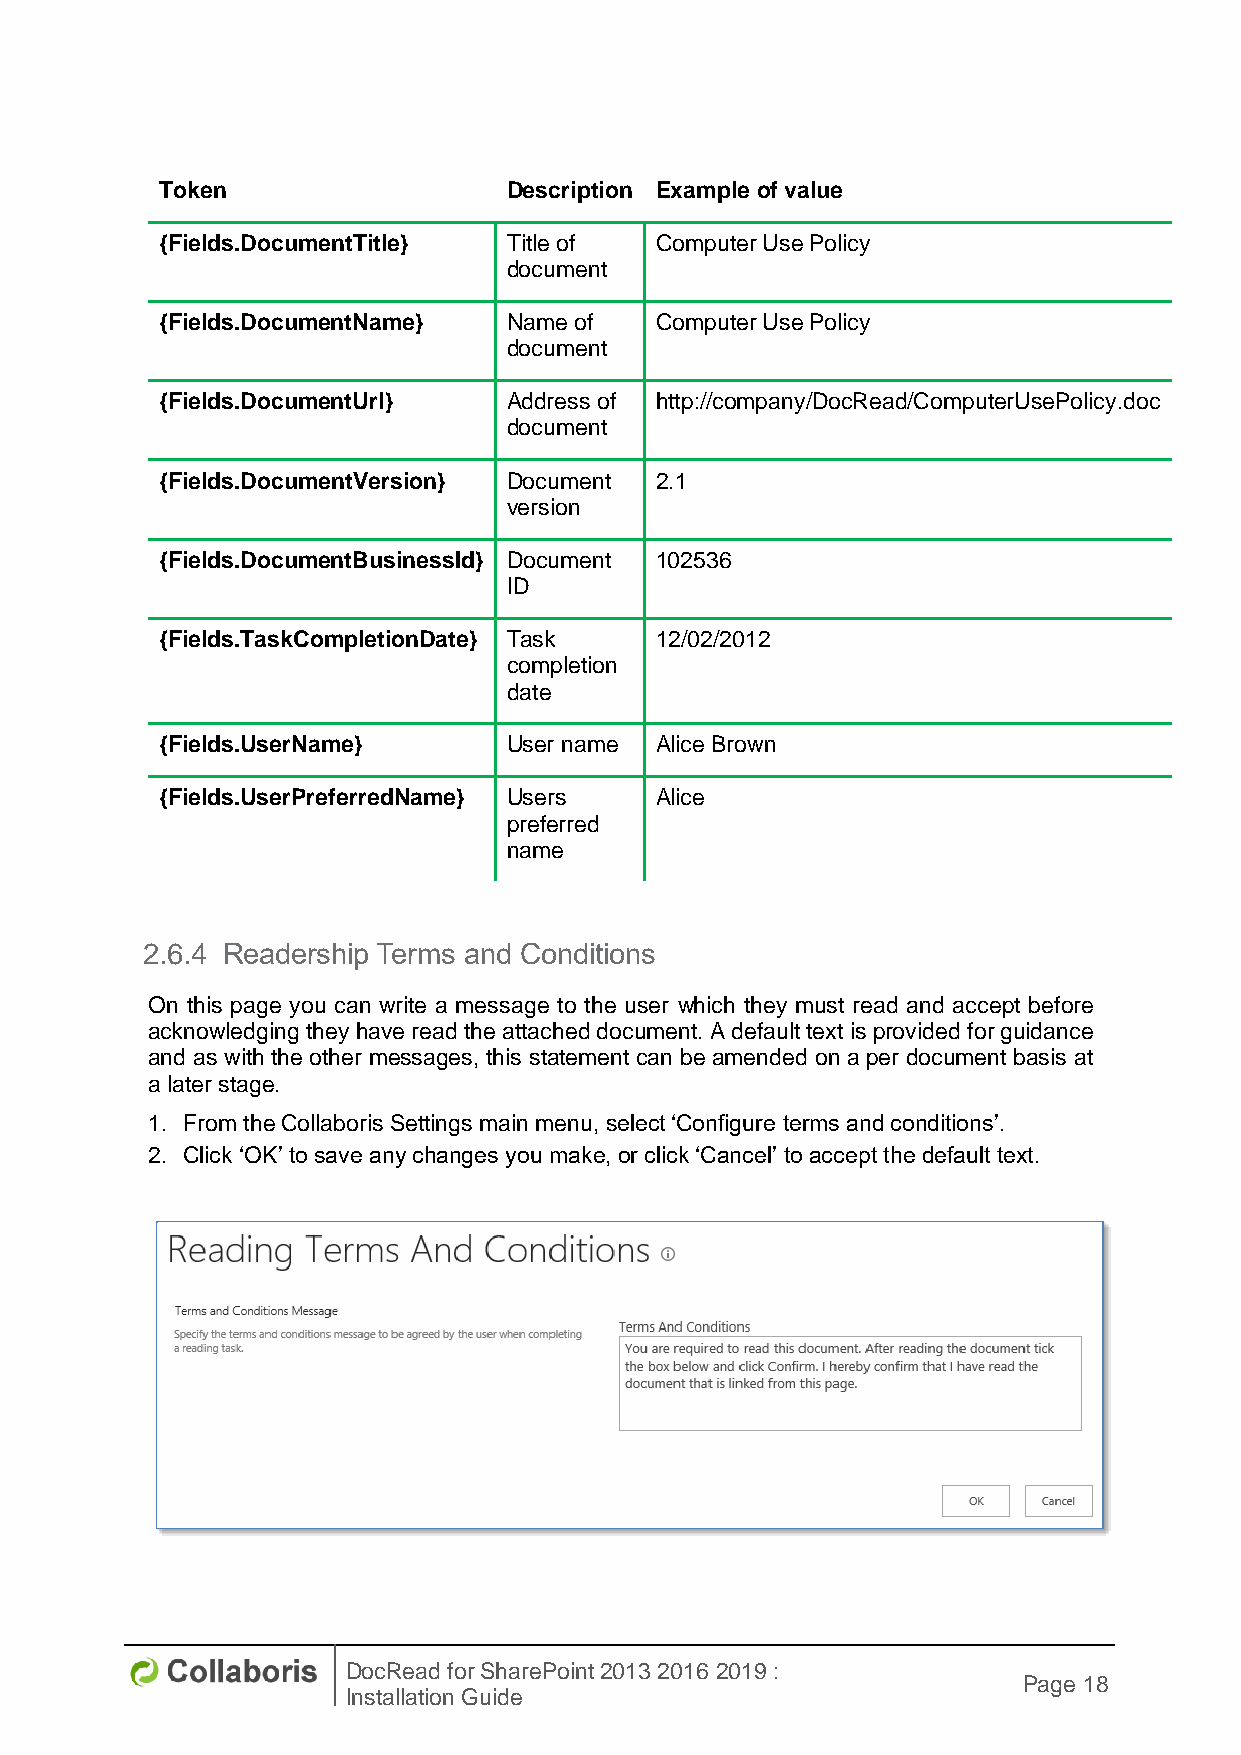
Token                  Description Example of value
 {Fields.DocumentTitle} Title of Computer Use Policy
 document
 {Fields.DocumentName}  Name of  Computer Use Policy
 document
 {Fields.DocumentUrl}   Address of http://company/DocRead/ComputerUsePolicy.doc
 document
 {Fields.DocumentVersion} Document 2.1
 version
 {Fields.DocumentBusinessId} Document 102536
 ID
 {Fields.TaskCompletionDate} Task 12/02/2012
 completion
 date
 {Fields.UserName}      User name Alice Brown
 {Fields.UserPreferredName} Users Alice
 preferred
 name
 2.6.4 Readership Terms and Conditions
 On this page you can write a message to the user which they must read and accept before
 acknowledging they have read the attached document. A default text is provided for guidance
 and as with the other messages, this statement can be amended on a per document basis at
 a later stage.
 1. From the Collaboris Settings main menu, select ‘Configure terms and conditions’.
 2. Click ‘OK’ to save any changes you make, or click ‘Cancel’ to accept the default text.
 DocRead for SharePoint 2013 2016 2019 :
 Page 18
 Installation Guide